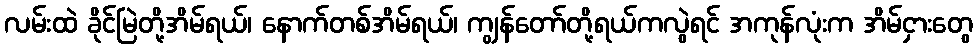
လမ်းထဲ ခိုင်မြဲတို့အိမ်ရယ်၊ နောက်တစ်အိမ်ရယ်၊ ကျွန်တော်တို့ရယ်ကလွဲရင် အကုန်လုံးက အိမ်ငှားတွေ